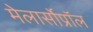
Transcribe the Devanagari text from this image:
मेलार्सोप्रॉल